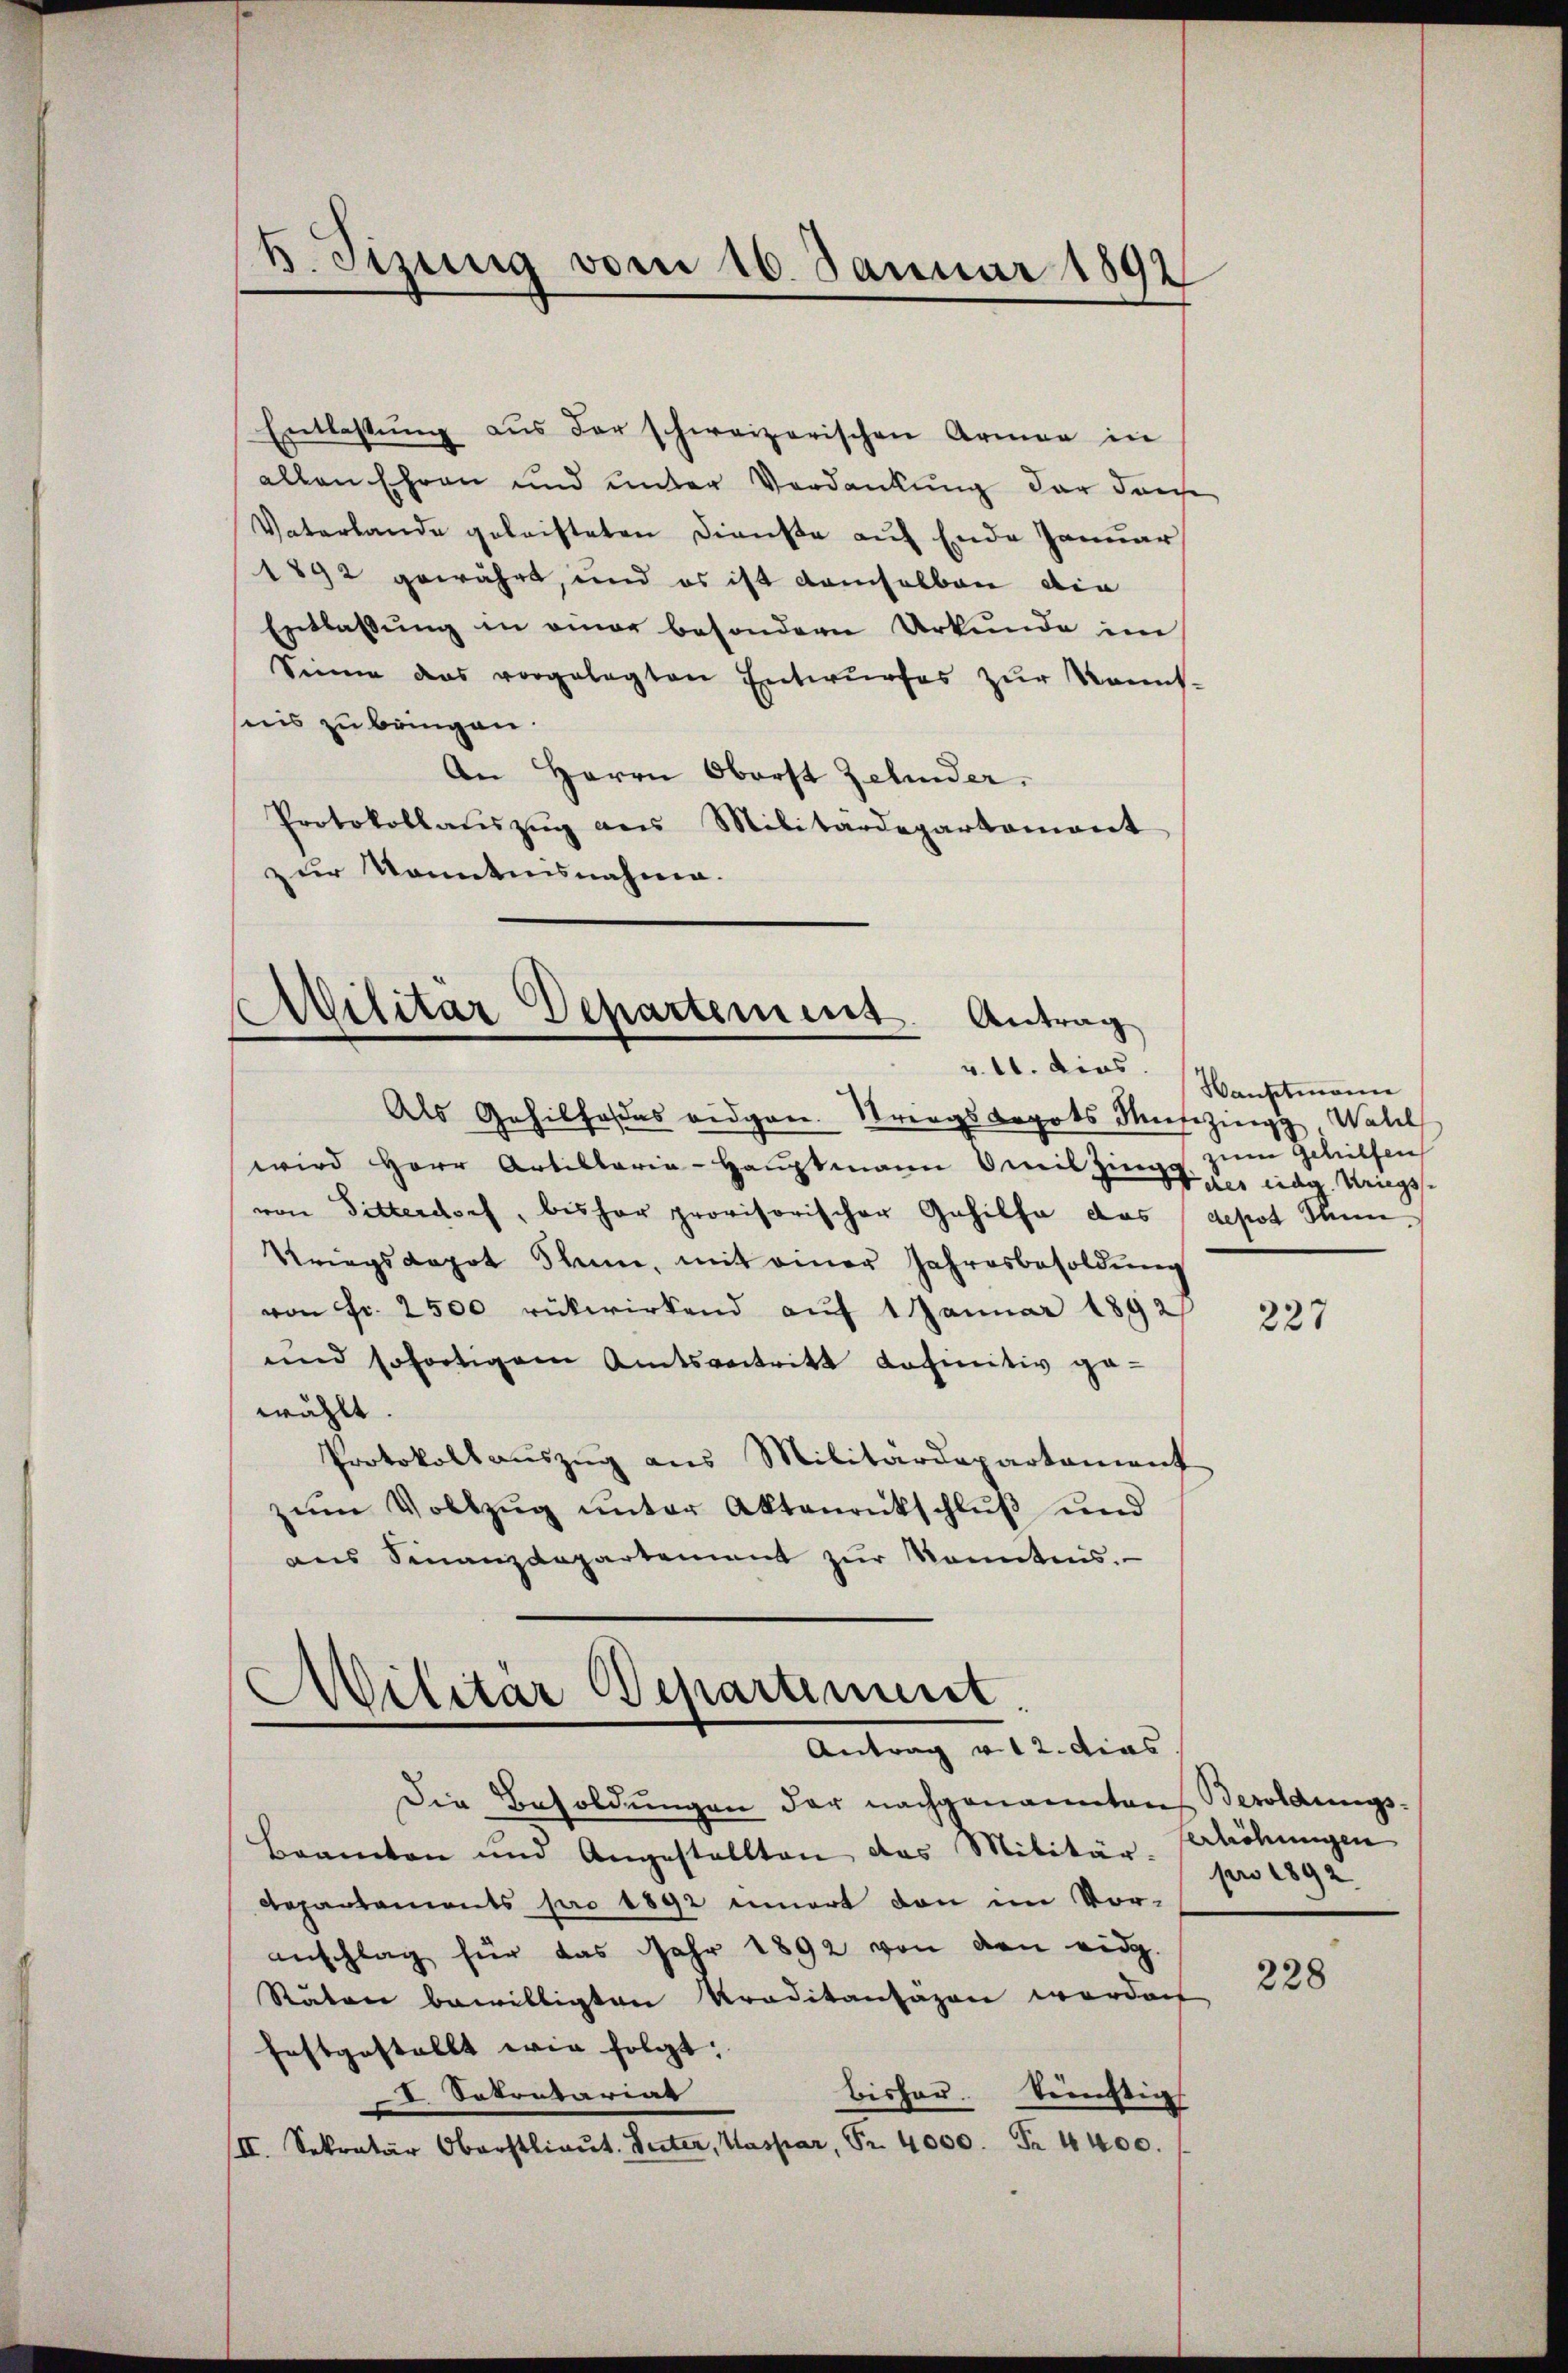
b. Tizung vom 16. Januar 1892

Entlassung aus der schweizerischen Armen in
allen Ehren und unter Verdankung der durche
Vaterlande geleisteten Dienste auf Ende Januar
1892 gewährt, und es ist damselben die
Entlassŭng in einer besondern Urkunde im
Sinne das vorgelegten Entwŭrfes zŭr Kanns-
nis zu bringen.
An Herrn Oberst Zehender.
Protokollaŭszŭg ans Militärdepartement
zur Kenntnisnahme.

Atilitär Departement. Antrag
v. 11. dies

Als Gehilfordes eidgen. Strings depots Meisezing Wall
wird Herr Artillaria-Haŭptmann mit Zug u. dr. Kriegss
von Bitter doch, bisher provisorischer Gehilfe das depot Stim¬
Kriegskapot Thun, mit einer Jahresbesoldung
von Fr. 2500 rükwirkend auf 1 Januar 1892
und sofortigem Amtsvertritt definitiv ge-
wählt.
Protokoll aŭszŭg ans Militärdepartament
zum Vollzug unter Aktenritschluß und
ans Finanzdepartement zŭr Kenntnis.

Militär Departinuit.
Antrag v. 12. dies

Hauptmann
zum Gehilfen

Die Besoldungen der nachgenannten Besoldungs-
Beamten und Angestellten das Militär-Erhöhungen
Departements pro 1892 innert den im Voranschlag für das Jahr 1892 von den eidg.
Räten bewilligten Praditansagen worden
festgestellt wie folgt:
bisher. Teuchtigs
 Sekretariag
III. Sekretär Oberstlieŭt. Unter, Kaspar, Fr. 4000. Fr. 4400.

227

pro 1892

228